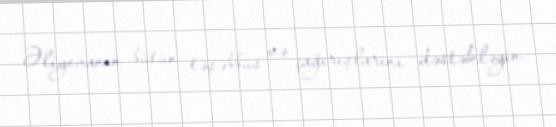
Əliyevanın bütün təşəbbüs və çağırışlarını dəstəkləyin.